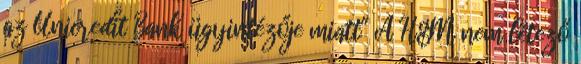
az Unicredit Bank ügyintézője miatt" A H&M nem létező